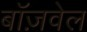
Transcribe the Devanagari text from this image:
बॉज़वेल